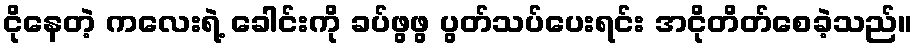
ငိုနေတဲ့ ကလေးရဲ့ ခေါင်းကို ခပ်ဖွဖွ ပွတ်သပ်ပေးရင်း အငိုတိတ်စေခဲ့သည်။